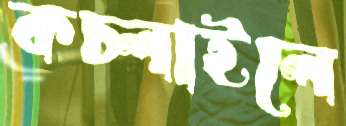
কচ্‌লাইলে